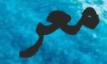
معر